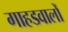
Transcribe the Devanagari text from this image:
गाहडवालों